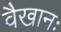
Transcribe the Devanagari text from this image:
वैखानः